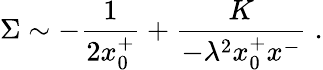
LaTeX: \Sigma\sim-{\frac{1}{2x_{0}^{+}}}+\frac{K}{-\lambda^{2}x_{0}^{+}x^{-}}\; .